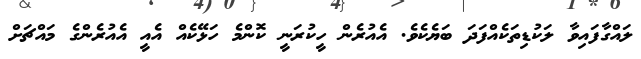
ލައްގާފައިވާ ލަކުޑިތަކެއްފަދަ ބަޔެކެވެ. އެއުރެން ހީކުރަނީ ކޮންމެ ހަޅޭކެއް އެއީ އެއުރެންގެ މައްޗަށް